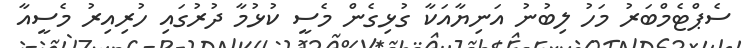
ސެޕްޓެމްބަރު މަހު ލިބުނު އަނިޔާއަކާ ގުޅިގެން މެސީ ކުޅުމާ ދުރުގައި ހުރިއިރު މެސީއާ